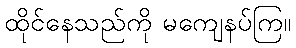
ထိုင်နေသည်ကို မကျေနပ်ကြ။